Annual report of the Punjab Veterinary College and of the Civil Veterinary Department, Punjab - 1894-1908
Year: 1894
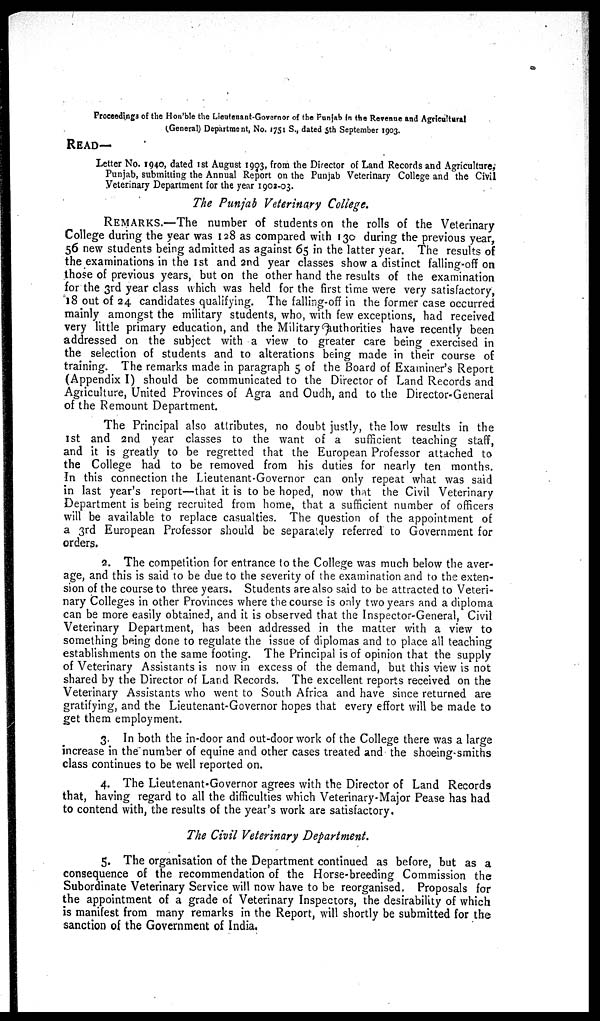
Proceedings of the Hon'ble the Lieutenant-Governor of the Punjab in the Revenue and Agricultural
(General) Department, No. 1751 S., dated 5th September 1903.
READ—
Letter No. 1940, dated 1st August 1903, from the Director of Land Records and Agriculture,
Punjab, submitting the Annual Report on the Punjab Veterinary College and the Civil
Veterinary Department for the year 1902-03.
The Punjab Veterinary College.
REMARKS.—The number of students on the rolls of the Veterinary
College during the year was 128 as compared with 130 during the previous year,
56 new students being admitted as against 65 in the latter year. The results of
the examinations in the 1st and 2nd year classes show a distinct falling-off on
those of previous years, but on the other hand the results of the examination
for the 3rd year class which was held for the first time were very satisfactory,
18 out of 24 candidates qualifying. The falling-off in the former case occurred
mainly amongst the military students, who, with few exceptions, had received
very little primary education, and the Military authorities have recently been
addressed on the subject with a view to greater care being exercised in
the selection of students and to alterations being made in their course of
training. The remarks made in paragraph 5 of the Board of Examiner's Report
(Appendix I) should be communicated to the Director of Land Records and
Agriculture, United Provinces of Agra and Oudh, and to the Director-General
of the Remount Department.
The Principal also attributes, no doubt justly, the low results in the
1st and 2nd year classes to the want of a sufficient teaching staff,
and it is greatly to be regretted that the European Professor attached to
the College had to be removed from his duties for nearly ten months.
In this connection the Lieutenant-Governor can only repeat what was said
in last year's report—that it is to be hoped, now that the Civil Veterinary
Department is being recruited from home, that a sufficient number of officers
will be available to replace casualties. The question of the appointment of
a 3rd European Professor should be separately referred to Government for
orders.
2. The competition for entrance to the College was much below the aver-
age, and this is said to be due to the severity of the examination and to the exten-
sion of the course to three years. Students are also said to be attracted to Veteri-
nary Colleges in other Provinces where the course is only two years and a diploma
can be more easily obtained, and it is observed that the Inspector-General, Civil
Veterinary Department, has been addressed in the matter with a view to
something being done to regulate the issue of diplomas and to place all teaching
establishments on the same footing. The Principal is of opinion that the supply
of Veterinary Assistants is now in excess of the demand, but this view is not
shared by the Director of Land Records. The excellent reports received on the
Veterinary Assistants who went to South Africa and have since returned are
gratifying, and the Lieutenant-Governor hopes that every effort will be made to
get them employment.
3. In both the in-door and out-door work of the College there was a large
increase in the number of equine and other cases treated and the shoeing-smiths
class continues to be well reported on.
4. The Lieutenant-Governor agrees with the Director of Land Records
that, having regard to all the difficulties which Veterinary-Major Pease has had
to contend with, the results of the year's work are satisfactory.
The Civil Veterinary Department.
5. The organisation of the Department continued as before, but as a
consequence of the recommendation of the Horse-breeding Commission the
Subordinate Veterinary Service will now have to be reorganised. Proposals for
the appointment of a grade of Veterinary Inspectors, the desirability of which
is manifest from many remarks in the Report, will shortly be submitted for the
sanction of the Government of India.